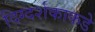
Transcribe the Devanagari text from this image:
दिग्दर्शकाकडे